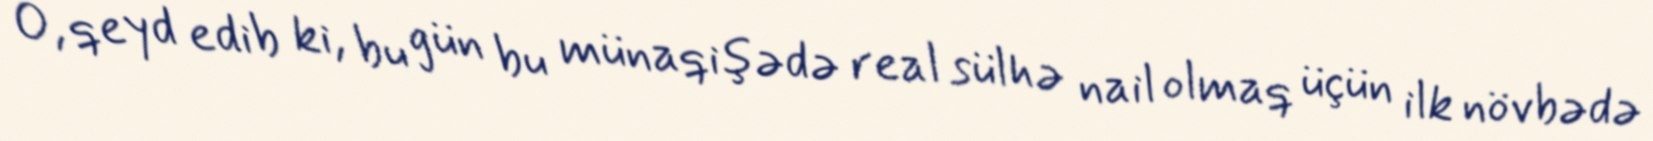
O, qeyd edib ki, bu gün bu münaqişədə real sülhə nail olmaq üçün ilk növbədə